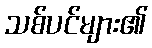
သစ်ပင်များ၏